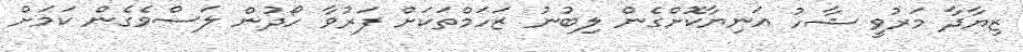
ޒިޔާދާ މަރުވީ ޝާހު އަނިޔާކޮށްގެން ލިބުނު ޒަހަމްތަކަށް ފަރުވާ ހޯދުން ލަސްވެގެން ކަމަށް